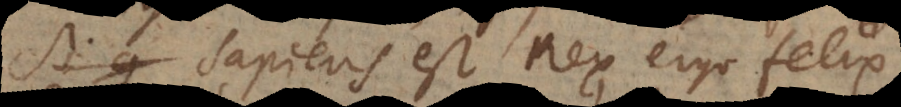
Si q Sapiens est Rex, ergo felix